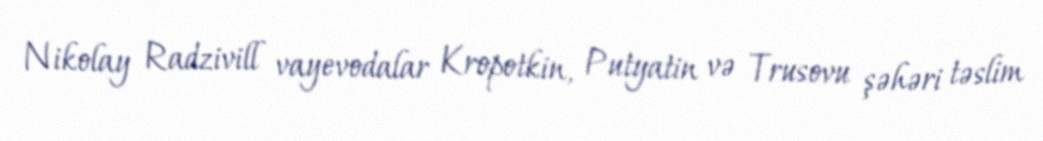
Nikolay Radzivill vayevodalar Kropotkin, Putyatin və Trusovu şəhəri təslim